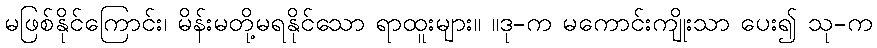
မဖြစ်နိုင်ကြောင်း၊ မိန်းမတို့မရနိုင်သော ရာထူးများ။ ။ဒု-က မကောင်းကျိုးသာ ပေး၍ သု-က